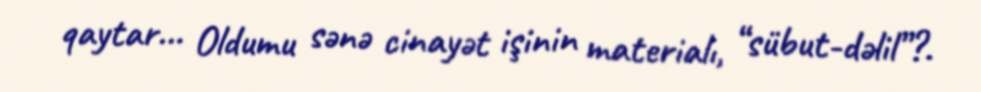
qaytar... Oldumu sənə cinayət işinin materialı, “sübut-dəlil”?.